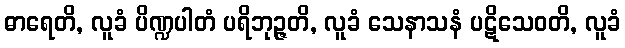
ဓာရေတိ, လူခံ ပိဏ္ဍပါတံ ပရိဘုဉ္ဇတိ, လူခံ သေနာသနံ ပဋိသေဝတိ, လူခံ